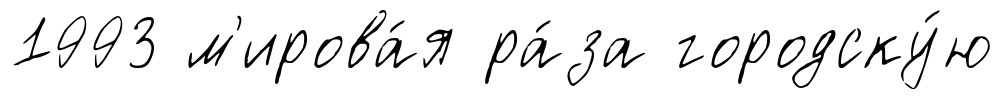
1993 м'ирова́я ра́за городску́ю